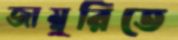
জাম্বুরিতে